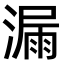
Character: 漏